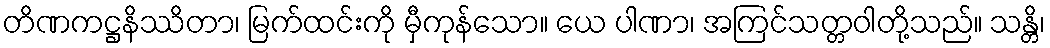
တိဏကဋ္ဌနိဿိတာ၊ မြက်ထင်းကို မှီကုန်သော။ ယေ ပါဏာ၊ အကြင်သတ္တဝါတို့သည်။ သန္တိ၊